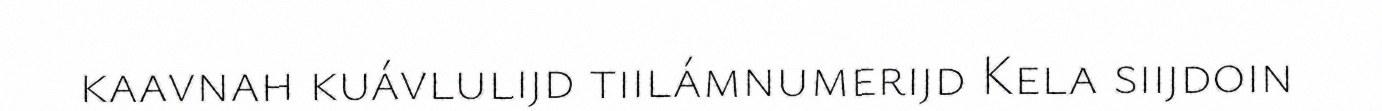
kaavnah kuávlulijd tiilámnumerijd Kela siijdoin